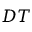
D T